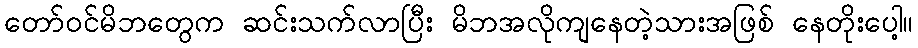
တော်ဝင်မိဘတွေက ဆင်းသက်လာပြီး မိဘအလိုကျနေတဲ့သားအဖြစ် နေတိုးပေါ့။